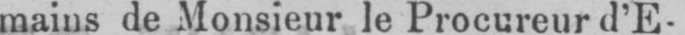
mains de Monsieur le Procureur d’E-